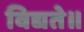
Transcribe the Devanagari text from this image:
विद्यते॥